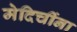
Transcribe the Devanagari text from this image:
मेदिचींना